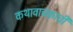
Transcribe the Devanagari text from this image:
कथावाचकाची